Vaccination in Bombay 1869-1873 - 1869-1873
Year: 1869
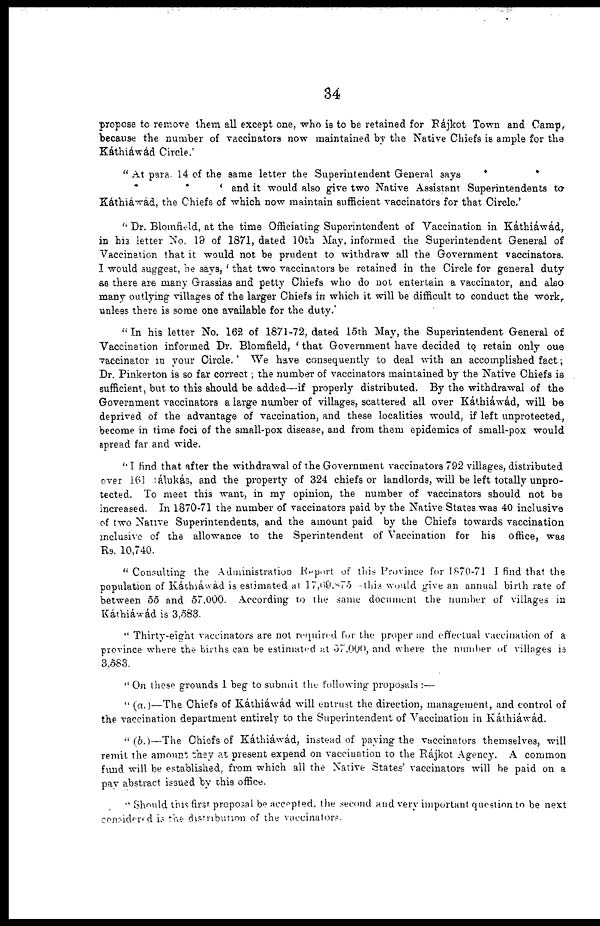
34
propose to remove them all except one, who is to be retained for Rájkot Town and Camp,
because the number of vaccinators now maintained by the Native Chiefs is ample for the
Káthiáwád Circle.'
" At para. 14 of the same letter the Superintendent General says
.
.
.
.
' and it would also give two Native Assistant Superintendents to
Káthiáwád, the Chiefs of which now maintain sufficient vaccinators for that Circle.'
" Dr. Blomfield, at the time Officiating Superintendent of Vaccination in Káthiáwád,
in his letter No. 19 of 1871, dated 10th May, informed the Superintendent General of
Vaccination that it would not be prudent to withdraw all the Government vaccinators.
I would suggest, he says, ' that two vaccinators be retained in the Circle for general duty
as there are many Grassias and petty Chiefs who do not entertain a vaccinator, and also
many outlying villages of the larger Chiefs in which it will be difficult to conduct the work,
unless there is some one available for the
duty."In
his letter No. 162 of 1871-72, dated 1
Vaccination informed Dr. Blomfield, ' that Government have decided to retain only one
vaccinator in your Circle.' We have consequently to deal with an accomplished fact;
Dr. Pinkerton is so far correct; the number of vaccinators maintained by the Native Chiefs is
sufficient, but to this should be added—if properly distributed. By the withdrawal of the
Government vaccinators a large number of villages, scattered all over Káthiáwád, will be
deprived of the advantage of vaccination, and these localities would, if left unprotected,
become in time foci of the small-pox disease, and from them epidemics of small-pox would
spread far and wide.
"I find that after the withdrawal of the Government vaccinators 792 villages, distributed
over 161 tálukás, and the property of 324 chiefs or landlords, will be left totally unpro-
tected. To meet this want, in my opinion, the number of vaccinators should not be
increased. In 1870-71 the number of vaccinators paid by the Native States was 40 inclusive
of two Native Superintendents, and the amount paid by the Chiefs towards vaccination
inclusive of the allowance to the Sperintendent of Vaccination for his office, was
"Rs. 10,740.
" Consulting the Administration Report of this Province for 1870-71 I find that the
population of Káthiáwád is estimated at 17,69.875 this would give an annual birth rate of
between 55 and 57,000. According to the same document the number of villages in
Káthiáwád is 3,583.
" Thirty-eight vaccinators are not required for the proper and effectual vaccination of a
province where the births can be estimated at 57,000, and where the number of villages is
3,583.
" On these grounds 1 beg to submit the following proposals :—
" (a.)—The Chiefs of Káthiáwád will entrust the direction, management, and control of
the vaccination department entirely to the Superintendent of Vaccination in Káthiáwád.
"(b.)—The Chiefs of Káthiáwád, instead of paying the vaccinators themselves, will
remit the amount they at present expend on vaccination to the Rájkot Agency. A common
fund will be established, from which all the Native States' vaccinators will he paid on a
pay abstract issued by this office.
" Should this first proposal be accepted. the second and very important question to be next
considered is the distribution of the vaccinators.